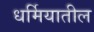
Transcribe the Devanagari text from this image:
धर्मियातील